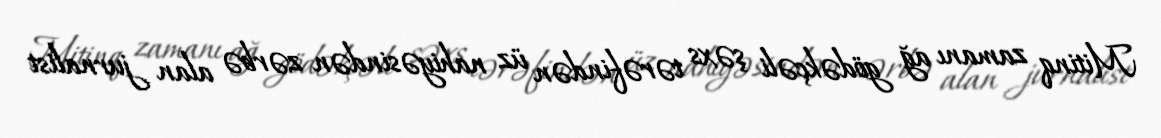
Mitinq zamanı ağ gödəkçəli şəxs tərəfindən üz nahiyəsindən zərbə alan jurnalist